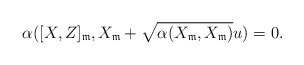
\begin{align*}\alpha([X,Z]_\mathfrak{m},X_\mathfrak{m}+\sqrt{\alpha(X_\mathfrak{m},X_\mathfrak{m})}u)=0.\end{align*}